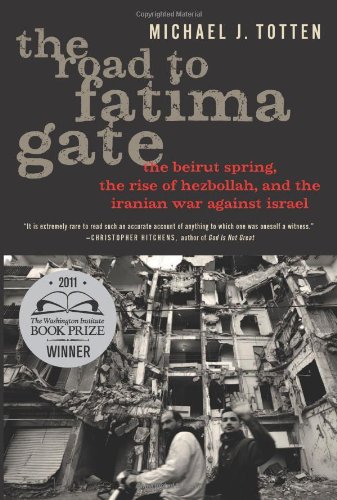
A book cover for The Road to Fatima Gate: The Beirut Spring, the Rise of Hezbollah, and the Iranian War Against Israel; Michael J. Totten; History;